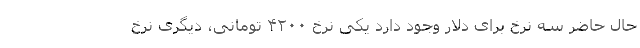
حال حاضر سه نرخ برای دلار وجود دارد یکی نرخ ۴۲۰۰ تومانی، دیگری نرخ